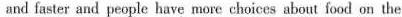
and faster and people have more choices about food on the